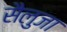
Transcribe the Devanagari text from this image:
सैलुजा